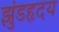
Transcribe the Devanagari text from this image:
झुंडहृदय